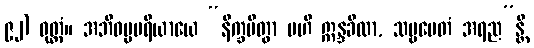
၉၂) ဝုတ္တံ။ အဘိဓမ္မပရိယာယေ “နိက္ခမိတွာ ဗဟိ ဣန္ဒခီလာ, သဗ္ဗမေတံ အရည”န္တိ